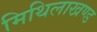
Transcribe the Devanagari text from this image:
मिथिलाखण्ड